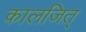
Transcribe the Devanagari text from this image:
कालजित्‌